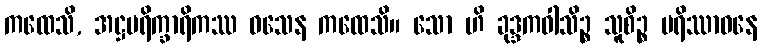
ကထေသိ, အဋ္ဌပရိက္ခာရိကဿ ဝသေန ကထေသိ။ သော ဟိ ခုဒ္ဒကဝါသိဉ္စ သူစိဉ္စ ပရိဿာဝနေ